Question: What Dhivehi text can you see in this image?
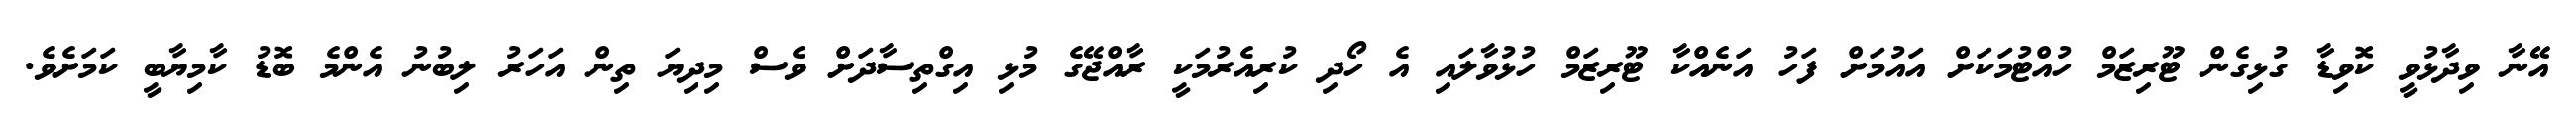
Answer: އޭނާ ވިދާޅުވީ ކޮވިޑާ ގުޅިގެން ޓޫރިޒަމް ހުއްޓުމަކަށް އައުމަށް ފަހު އަނެއްކާ ޓޫރިޒަމް ހުޅުވާލައި އެ ހޯދި ކުރިއެރުމަކީ ރާއްޖޭގެ މުޅި އިގްތިސާދަށް ވެސް މިދިޔަ ތިން އަހަރު ލިބުނު އެންމެ ބޮޑު ކާމިޔާބީ ކަމަށެވެ.